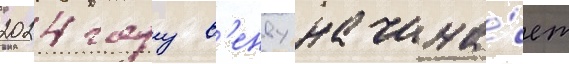
2024 году в'енву начина́ет